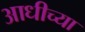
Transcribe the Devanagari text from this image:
आधीच्‍या